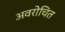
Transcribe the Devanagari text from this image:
अवरोचित